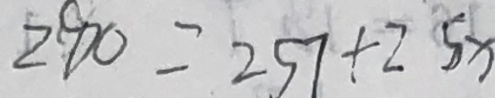
2 8 0 = 2 5 7 + 2 5 x